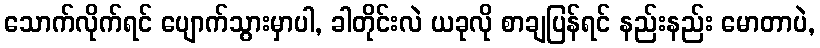
သောက်လိုက်ရင် ပျောက်သွားမှာပါ, ခါတိုင်းလဲ ယခုလို စာချပြန်ရင် နည်းနည်း မောတာပဲ,